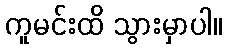
ကူမင်းထိ သွားမှာပါ။